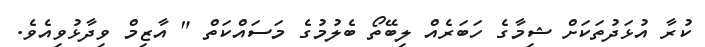
ކުރާ އުޅަދުތަކަށް ޝިމާގެ ހަބަރެއް ލިބޭތޯ ބެލުމުގެ މަސައްކަތް " އާޒިމް ވިދާޅުވިއެވެ.